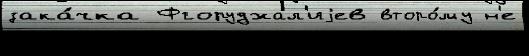
зака́чка Фгоруджал'иjев второ́му н'е